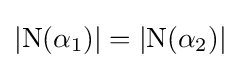
|\mathrm {N} (\alpha _{1})|=|\mathrm {N} (\alpha _{2})|